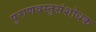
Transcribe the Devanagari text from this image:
पुराणवस्तुसंशोधक